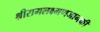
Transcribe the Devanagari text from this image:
श्रीरामलक्ष्मणजानकी